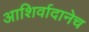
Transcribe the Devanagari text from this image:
आशिर्वादानेच